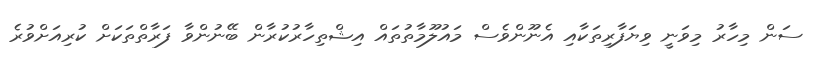
ސަން މިހާރު މިވަނީ ވިޔަފާރިތަކާއި އެނޫންވެސް މައުލޫމާތުތައް އިޝްތިހާރުކުރާން ބޭނުންވާ ފަރާތްތަކަށް ކުރިއަށްވުރެ